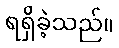
ရရှိခဲ့သည်။